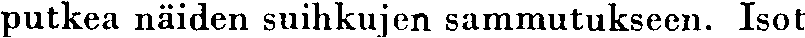
putkea näiden suihkujen sammutukseen. Isot